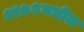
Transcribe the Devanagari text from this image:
१९७१मधील